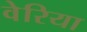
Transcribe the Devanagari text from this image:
वेरिया